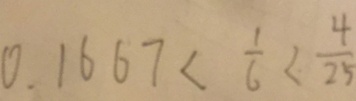
0 . 1 6 6 7 < \frac { 1 } { 6 } < \frac { 4 } { 2 5 }